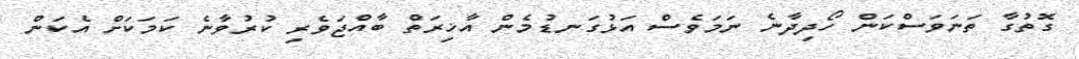
ގޮތުގާ ތަނަވަސްކަން ހޯދިދާނެ ނަމަވެސް އަޅުގަނޑުމެން އާޚިރަތް ބާއްޖަވެރި ކުރުވާނެ ކަމަކަށް އެކަން